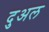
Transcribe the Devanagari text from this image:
दुअल